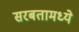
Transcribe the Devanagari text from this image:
सरबतामध्ये